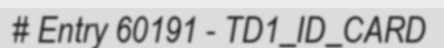
# Entry 60191 - TD1_ID_CARD